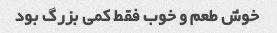
خوش طعم و خوب فقط کمی بزرگ بود